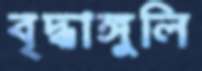
বৃদ্ধাঙ্গুলি